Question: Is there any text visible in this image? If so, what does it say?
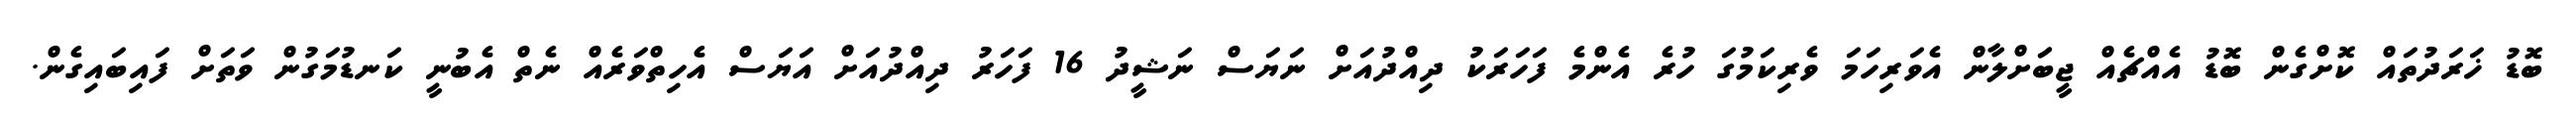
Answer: ބޮޑު ޚަރަދުތައް ކޮށްގެން ބޮޑު އެއްޗެއް ޖީބަަށްލާން އެވަރިހަމަ ވެރިކަމުގަ ހުރެ އެންމެ ފަހަރަކު ދިއްދުއަށް ނަޔަސް ނަޝީދު 16 ފަހަރު ދިއްދުއަށް އަޔަސް އެހިތްވަރެއް ނެތް އެބުނީ ކަނޑުމަގުން ވަތަށް ފައިބައިގެން.